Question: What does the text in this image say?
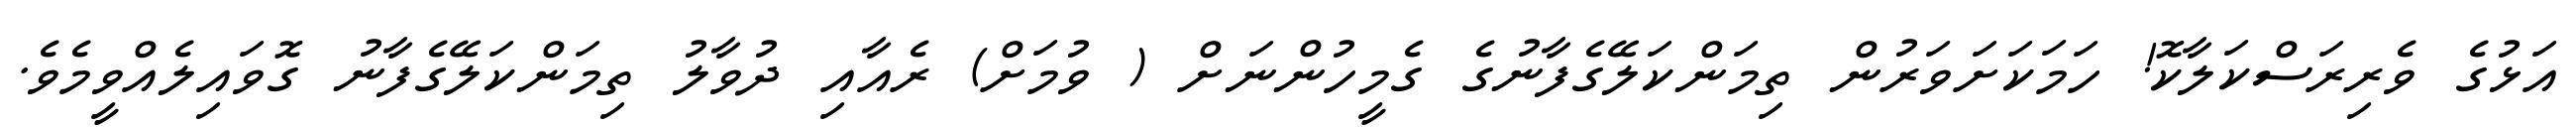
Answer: އަޅުގެ ވެރިރަސްކަލާކޮ! ހަމަކަށަވަރުން ތިމަންކަލޭގެފާނުގެ ގެމީހުންނަށް ( ވުމަށް) ރެއާއި ދުވާލު ތިމަންކަލޭގެފާނު ގޮވައިލެއްވީމެވެ.